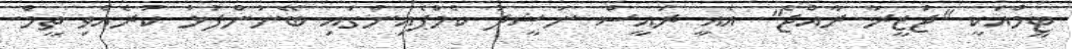
ޓީމްއަކީ "ޖަޒީރާ ރާއްޖެ". އެއީ ރައީސް ނަޝީދު ކެމްޕެއިންގައި ބޭނުންފުޅު ކުރެއްވި ތީމް.